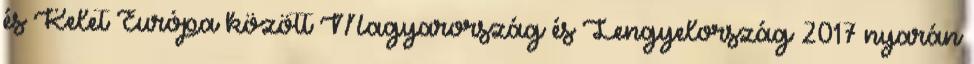
és Kelet Európa között Magyarország és Lengyelország 2017 nyarán